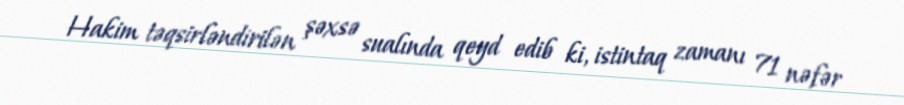
Hakim təqsirləndirilən şəxsə sualında qeyd edib ki, istintaq zamanı 71 nəfər